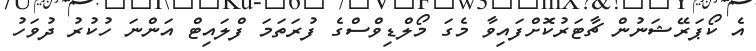
އެ ކޯޕަރޭޝަނުން ޗާޓަރުކޮށްފައިވާ މެގަ މޯލްޑިވްސްގެ ފުރަތަމަ ފްލައިޓް އަންނަ ހުކުރު ދުވަހު